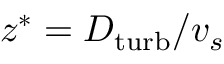
z ^ { * } = D _ { \mathrm { t u r b } } / v _ { s }